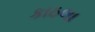
કાઠલા